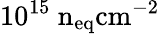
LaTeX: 10^{15}~\mathrm{{n}_{eq}\mathrm{{cm}^{-2}}}